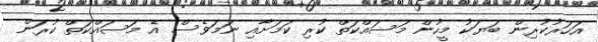
އަހަރުކުރިން ބަޔަކު މީހުން މަސައްކަތް ކުރިި ކަމަށާއި ނަމަވެސް އެ މަސައްކަތް ކުރަން